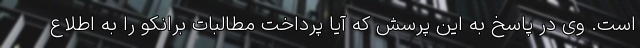
است. وی در پاسخ به این پرسش که آیا پرداخت مطالبات برانکو را به اطلاع